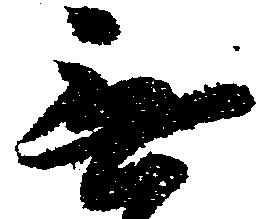
無